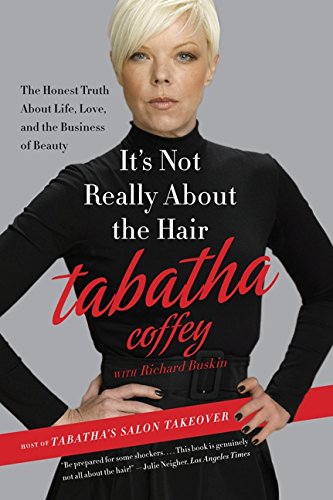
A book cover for It's Not Really About the Hair: The Honest Truth About Life, Love, and the Business of Beauty; Tabatha Coffey; Biographies & Memoirs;